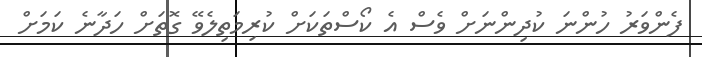
ފެންވަރު ހުންނަ ކުދިންނަށް ވެސް އެ ކޯސްތަކަށް ކުރިމަތިލެވޭ ގޮތަށް ހަދާނެ ކަމަށް